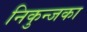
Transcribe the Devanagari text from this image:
निकुन्जका